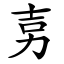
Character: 㔛